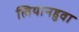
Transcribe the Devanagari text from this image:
लियानहुवा